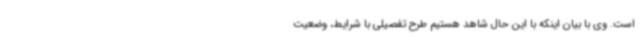
است. وی با بیان اینکه با این حال شاهد هستیم طرح تفصیلی با شرایط، وضعیت